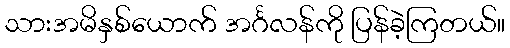
သားအမိနှစ်ယောက် အင်္ဂလန်ကို ပြန်ခဲ့ကြတယ်။